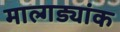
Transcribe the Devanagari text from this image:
माल्गड्यांक